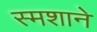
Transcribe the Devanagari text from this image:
स्मशाने